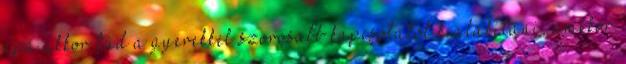
apa akkor tud a gyerekkel szorosabb kapcsolatot kialakítani, amikor